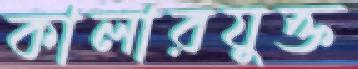
কালারযুক্ত